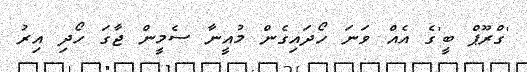
'ގްރޫޕް ބީ'ގެ އެއް ވަނަ ހޯދައިގެން މުއީނާ ސެމީން ޖާގަ ހޯދި އިރު